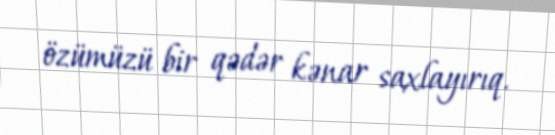
özümüzü bir qədər kənar saxlayırıq.